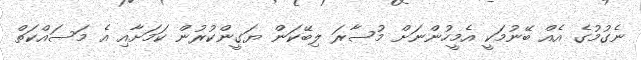
ނެގުމުގެ އެއް ބޭނުމަކީ އެމީހުންނަށް މުސާރަ ލިބޭކަން ޔަގީންކުރުން ކަމަށާއި އެ މަސައްކަތް